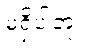
မရှိပါဘူး။